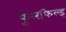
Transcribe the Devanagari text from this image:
फुलफिल्ड्